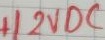
Text: +12VDC